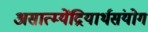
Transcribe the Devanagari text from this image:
असात्म्येंद्रियार्थसंयोग